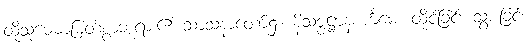
ထိုသုမေဓာမြတ်စွာဘုရား၏ သာသနာတော်၌။ နိသဇ္ဇဋ္ဌာနစင်္ကမေ၊ ထိုင်ခြင်း သွားခြင်း